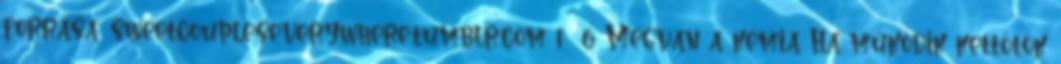
forrása: sweetcoupleseverywhere.tumblr.com 1 6 Megvan a kémia Ha működik kettőtök